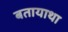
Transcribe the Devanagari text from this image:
बतायाथा